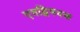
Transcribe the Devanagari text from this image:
एवद्विषयक